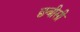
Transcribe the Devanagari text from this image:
छबीसी